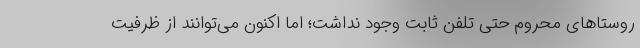
روستاهای محروم حتی تلفن ثابت وجود نداشت؛ اما اکنون می‌توانند از ظرفیت